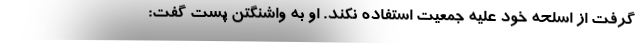
گرفت از اسلحه خود علیه جمعیت استفاده نکند. او به واشنگتن پست گفت: